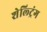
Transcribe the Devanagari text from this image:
शेल्ट्रिंग